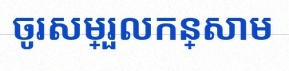
ចូរសម្រួលកន្សោម